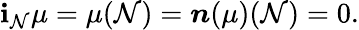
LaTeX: \mathbf{i}_{\mathcal{{N}}}\mu=\mu(\mathcal{{N}})=\boldsymbol{n}(\mu)(\mathcal{{N}})=0.